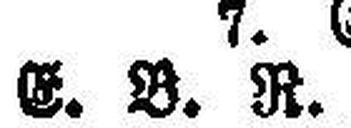
E. B. R.